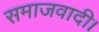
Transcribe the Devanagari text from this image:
समाजवादी।